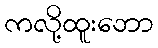
ကလို့ထူးဘော